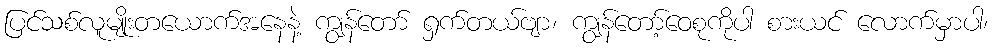
ပြင်သစ်လူမျိုးတယောက်အနေနဲ့ ကျွန်တော် ရှက်တယ်ဗျာ၊ ကျွန်တော့်ဝေစုကိုပါ စားယင် လောက်မှာပါ၊